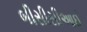
બીસીસીઆઈ